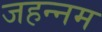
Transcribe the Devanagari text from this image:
जहन्नम